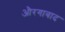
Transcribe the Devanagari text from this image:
औरगाबाद